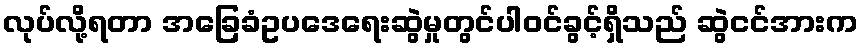
လုပ်လို့ရတာ အခြေခံဥပဒေရေးဆွဲမှုတွင်ပါဝင်ခွင့်ရှိသည် ဆွဲငင်အားက